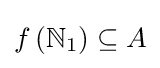
f\left(\mathbb {N} _{1}\right)\subseteq A